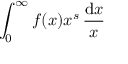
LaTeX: \int _ { 0 } ^ { \infty } f ( x ) x ^ { s } \, { \frac { \mathrm { d } x } { x } }